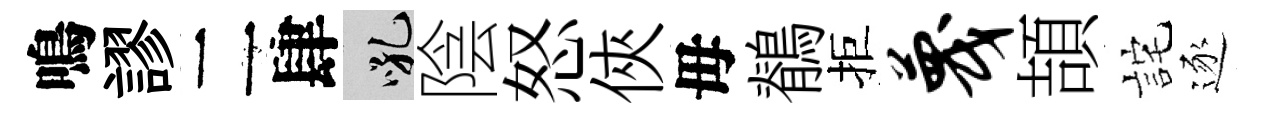
鳴謬二肆吼陰怒俠毋鶺拒蔑頡詫逐